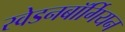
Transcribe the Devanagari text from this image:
स्वेडनबॉर्गियन